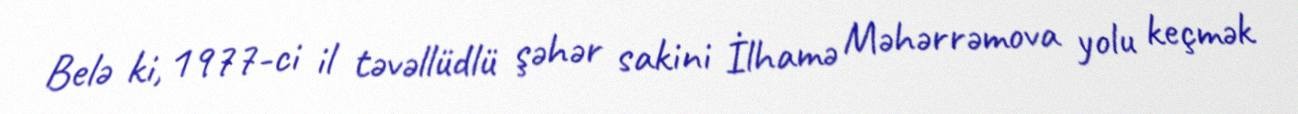
Belə ki, 1977-ci il təvəllüdlü şəhər sakini İlhamə Məhərrəmova yolu keçmək